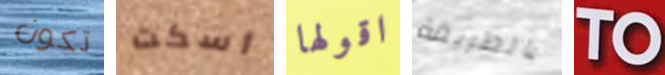
تكون أسكت اقولها بالطريقة TO